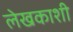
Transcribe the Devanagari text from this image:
लेखकाशी